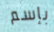
بإسم